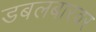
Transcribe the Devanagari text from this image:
डबलबारवर